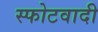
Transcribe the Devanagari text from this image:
स्फोटवादी